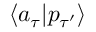
\langle a _ { \tau } | p _ { \tau ^ { \prime } } \rangle